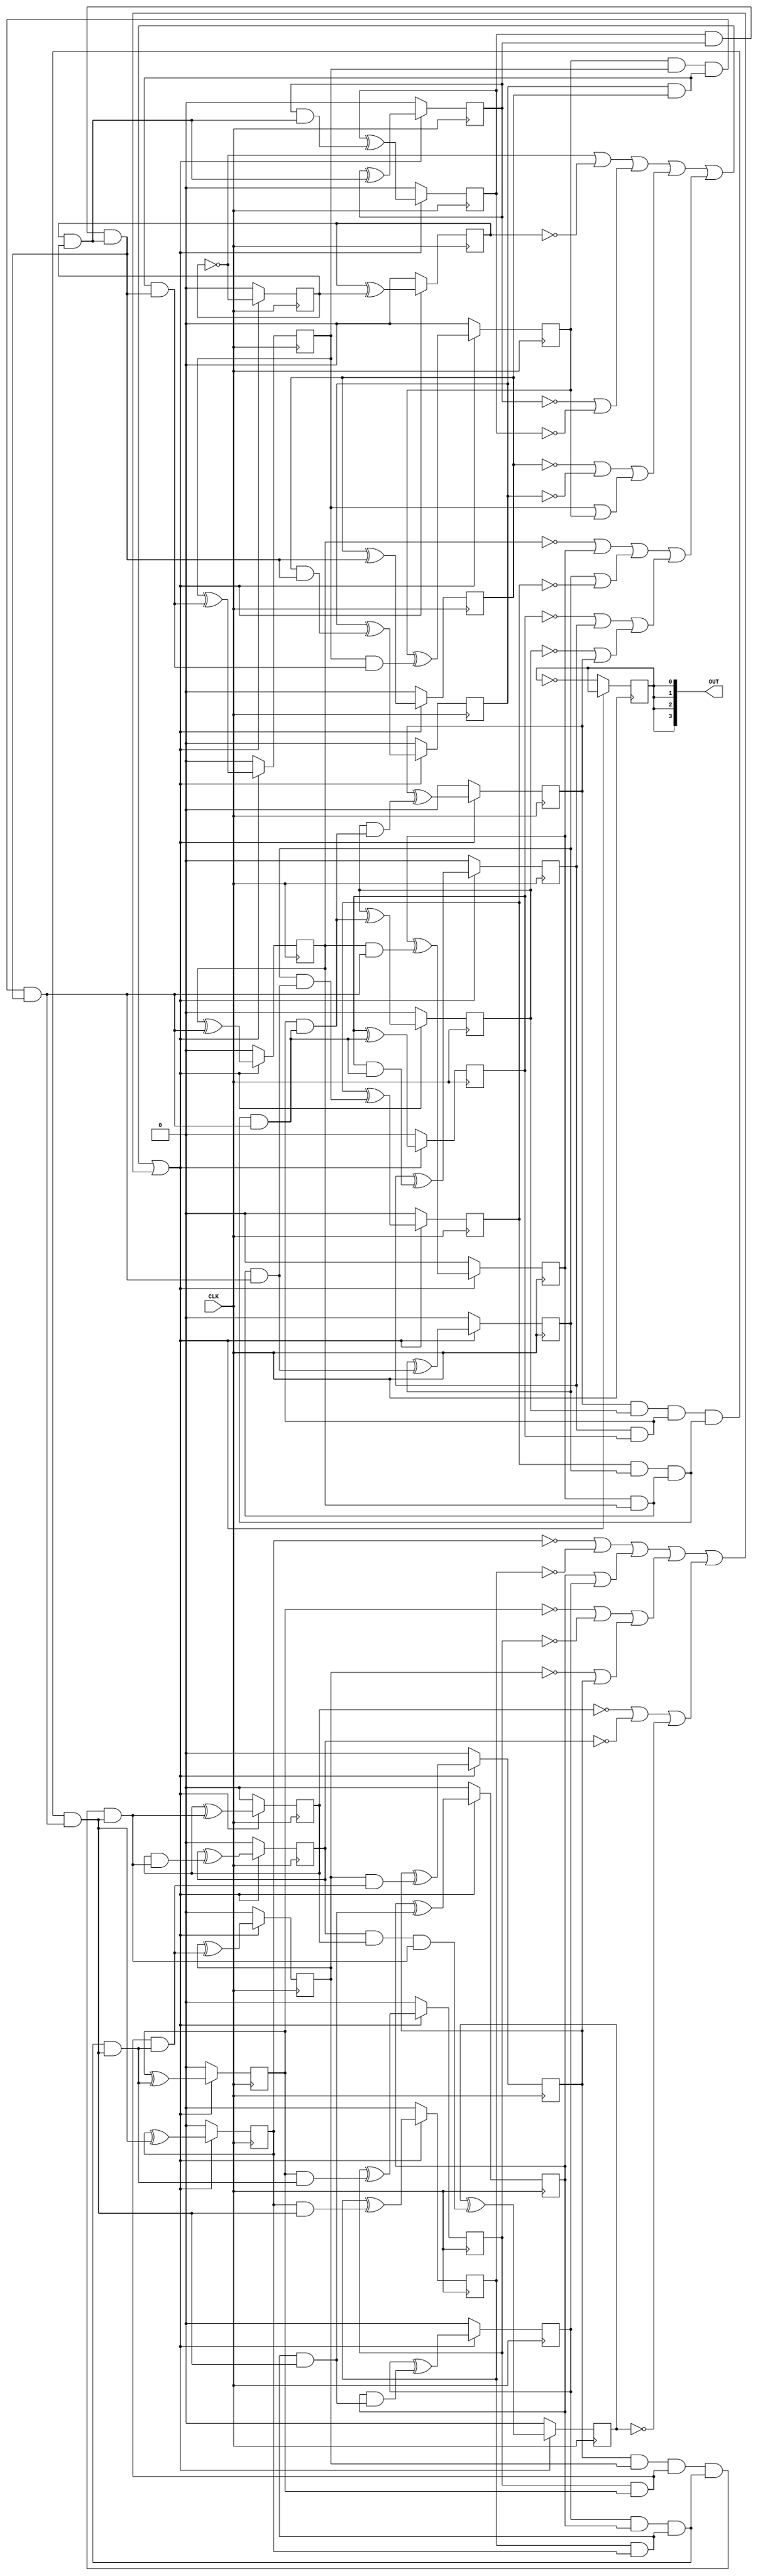
/* Generated by Yosys 0.40+50 (git sha1 0f9ee20ea, g++ 11.4.0-1ubuntu1~22.04 -fPIC -Os) */

module blink(CLK, OUT);
  wire _045_;
  wire _046_;
  wire _047_;
  wire _048_;
  wire _049_;
  wire _050_;
  wire _051_;
  wire _052_;
  wire _053_;
  wire _054_;
  wire _055_;
  wire _056_;
  wire _057_;
  wire _058_;
  wire _059_;
  wire _060_;
  wire _061_;
  wire _062_;
  wire [26:0] _063_;
  wire _064_;
  wire _065_;
  wire _066_;
  wire _067_;
  wire _068_;
  wire _069_;
  wire _070_;
  wire _071_;
  wire _072_;
  wire _073_;
  wire _074_;
  wire _075_;
  wire _076_;
  wire _077_;
  wire _078_;
  wire _079_;
  wire _080_;
  wire _081_;
  wire _082_;
  wire _083_;
  wire _084_;
  wire _085_;
  wire _086_;
  wire _087_;
  wire _088_;
  wire _089_;
  wire _090_;
  wire _091_;
  wire _092_;
  wire _093_;
  wire _094_;
  wire _095_;
  wire _096_;
  wire _097_;
  wire _098_;
  wire _099_;
  wire _100_;
  wire _101_;
  wire _102_;
  wire _103_;
  wire _104_;
  wire _105_;
  wire _106_;
  wire _107_;
  wire _108_;
  wire _109_;
  wire _110_;
  wire _111_;
  wire _112_;
  wire _113_;
  wire _114_;
  wire _115_;
  wire _116_;
  wire _117_;
  wire _118_;
  wire _119_;
  wire _120_;
  wire _121_;
  wire _122_;
  wire _123_;
  wire _124_;
  wire _125_;
  wire _126_;
  wire _127_;
  wire _128_;
  wire _129_;
  wire _130_;
  wire _131_;
  wire _132_;
  wire _133_;
  wire _134_;
  wire _135_;
  wire _136_;
  wire _137_;
  wire _138_;
  wire _139_;
  wire _140_;
  wire _141_;
  wire _142_;
  wire _143_;
  wire _144_;
  wire _145_;
  wire _146_;
  wire _147_;
  wire _148_;
  wire _149_;
  wire _150_;
  wire _151_;
  wire _152_;
  wire _153_;
  wire _154_;
  wire _155_;
  wire _156_;
  wire _157_;
  wire _158_;
  wire _159_;
  wire _160_;
  wire _161_;
  wire _162_;
  wire _163_;
  wire _164_;
  wire _165_;
  wire _166_;
  wire _167_;
  wire _168_;
  wire _169_;
  wire _170_;
  wire _171_;
  wire _172_;
  wire _173_;
  wire _174_;
  wire _175_;
  wire _176_;
  wire _177_;
  wire _178_;
  wire _179_;
  wire _180_;
  wire _181_;
  wire _182_;
  wire _183_;
  wire _184_;
  wire _185_;
  wire _186_;
  wire _187_;
  wire _188_;
  wire _189_;
  wire _190_;
  wire _191_;
  wire _192_;
  wire _193_;
  wire _194_;
  wire _195_;
  wire _196_;
  wire _197_;
  wire _198_;
  wire _199_;
  wire _200_;
  wire _201_;
  wire _202_;
  wire _203_;
  wire _204_;
  wire _205_;
  wire _206_;
  wire _207_;
  wire _208_;
  wire _209_;
  wire _210_;
  wire _211_;
  wire _212_;
  wire _213_;
  wire _214_;
  wire _215_;
  wire _216_;
  wire _217_;
  wire _218_;
  wire _219_;
  wire _220_;
  wire _221_;
  wire _222_;
  wire _223_;
  wire _224_;
  wire _225_;
  wire _226_;
  wire _227_;
  wire _228_;
  wire _229_;
  wire _230_;
  wire _231_;
  wire _232_;
  wire _233_;
  wire _234_;
  wire _235_;
  wire _236_;
  wire _237_;
  wire _238_;
  wire _239_;
  wire _240_;
  wire _241_;
  wire _242_;
  wire _243_;
  wire _244_;
  wire _245_;
  wire _246_;
  wire _247_;
  wire _248_;
  wire _249_;
  wire _250_;
  wire _251_;
  wire _252_;
  wire _253_;
  wire _254_;
  wire _255_;
  wire _256_;
  wire _257_;
  wire _258_;
  wire _259_;
  wire _260_;
  wire _261_;
  wire _262_;
  wire _263_;
  wire _264_;
  wire _265_;
  wire _266_;
  wire _267_;
  wire _268_;
  wire _269_;
  wire _270_;
  wire _271_;
  wire _272_;
  wire _273_;
  input CLK;
  wire CLK;
  output [3:0] OUT;
  wire [3:0] OUT;
  wire _000_;
  wire _001_;
  wire _002_;
  wire _003_;
  wire _004_;
  wire _005_;
  wire _006_;
  wire _007_;
  wire _008_;
  wire _009_;
  wire _010_;
  wire _011_;
  wire _012_;
  wire _013_;
  wire _014_;
  wire _015_;
  wire _016_;
  wire [12:0] _017_;
  wire [6:0] _018_;
  wire [2:0] _019_;
  wire [1:0] _020_;
  wire _021_;
  wire _022_;
  wire [26:0] _023_;
  wire [26:0] _024_;
  wire [26:0] _025_;
  wire _026_;
  wire _027_;
  wire _028_;
  wire _029_;
  wire _030_;
  wire _031_;
  wire _032_;
  wire _033_;
  wire _034_;
  wire _035_;
  wire _036_;
  wire _037_;
  wire _038_;
  wire _039_;
  wire _040_;
  wire _041_;
  wire _042_;
  wire _043_;
  wire _044_;
  reg [26:0] cnt = 27'h0000000;
  reg onoff = 1'h0;
  assign _075_ = cnt[1] & cnt[0];
  assign _076_ = _026_ & _023_[1];
  assign _077_ = _038_ & _023_[3];
  assign _078_ = _043_ & _023_[7];
  assign _079_ = cnt[3] & cnt[2];
  assign _080_ = cnt[5] & cnt[4];
  assign _081_ = cnt[7] & cnt[6];
  assign _082_ = cnt[9] & cnt[8];
  assign _083_ = cnt[11] & cnt[10];
  assign _084_ = cnt[13] & cnt[12];
  assign _085_ = cnt[15] & cnt[14];
  assign _086_ = cnt[17] & cnt[16];
  assign _087_ = cnt[19] & cnt[18];
  assign _088_ = cnt[21] & cnt[20];
  assign _089_ = cnt[23] & cnt[22];
  assign _090_ = cnt[25] & cnt[24];
  assign _091_ = _028_ & _027_;
  assign _092_ = _030_ & _029_;
  assign _093_ = _032_ & _031_;
  assign _094_ = _034_ & _033_;
  assign _095_ = _036_ & _035_;
  assign _096_ = _040_ & _039_;
  assign _097_ = _042_ & _041_;
  assign _098_ = _044_ & _023_[15];
  assign _099_ = _039_ & _023_[7];
  assign _100_ = _041_ & _023_[15];
  assign _101_ = _027_ & _023_[3];
  assign _102_ = _029_ & _023_[7];
  assign _103_ = _031_ & _023_[11];
  assign _104_ = _033_ & _023_[15];
  assign _105_ = _035_ & _023_[19];
  assign _106_ = _037_ & _023_[23];
  assign _107_ = cnt[2] & _023_[1];
  assign _108_ = cnt[4] & _023_[3];
  assign _109_ = cnt[6] & _023_[5];
  assign _110_ = cnt[8] & _023_[7];
  assign _111_ = cnt[10] & _023_[9];
  assign _112_ = cnt[12] & _023_[11];
  assign _113_ = cnt[14] & _023_[13];
  assign _114_ = cnt[16] & _023_[15];
  assign _115_ = cnt[18] & _023_[17];
  assign _116_ = cnt[20] & _023_[19];
  assign _117_ = cnt[22] & _023_[21];
  assign _118_ = cnt[24] & _023_[23];
  assign _119_ = ! _021_;
  assign _120_ = ! _021_;
  assign _121_ = ! _021_;
  assign _122_ = ! _021_;
  assign _123_ = ! _021_;
  assign _124_ = ! _021_;
  assign _125_ = ! _021_;
  assign _126_ = ! _021_;
  assign _127_ = ! _021_;
  assign _128_ = ! _021_;
  assign _129_ = ! _021_;
  assign _130_ = ! _021_;
  assign _131_ = ! _021_;
  assign _132_ = ! _021_;
  assign _133_ = ! _021_;
  assign _134_ = ! _021_;
  assign _135_ = ! _021_;
  assign _136_ = ! _021_;
  assign _137_ = ! _021_;
  assign _138_ = ! _021_;
  assign _139_ = ! _021_;
  assign _140_ = ! _021_;
  assign _141_ = ! _021_;
  assign _142_ = ! _021_;
  assign _143_ = ! _021_;
  assign _144_ = ! _021_;
  assign _145_ = ! _021_;
  assign _146_ = ! _021_;
  assign _147_ = ~ cnt[20];
  assign _148_ = ~ cnt[21];
  assign _149_ = ~ cnt[22];
  assign _150_ = ~ cnt[24];
  assign _151_ = ~ cnt[25];
  assign _152_ = ~ cnt[26];
  assign _153_ = ~ cnt[0];
  assign _154_ = ~ onoff;
  assign _155_ = ~ cnt[1];
  assign _156_ = ~ cnt[2];
  assign _157_ = ~ cnt[3];
  assign _158_ = ~ cnt[4];
  assign _159_ = ~ cnt[5];
  assign _160_ = ~ cnt[8];
  assign _161_ = ~ cnt[11];
  assign _162_ = ~ cnt[12];
  assign _163_ = ~ cnt[14];
  assign _164_ = ~ cnt[16];
  assign _165_ = ~ cnt[17];
  assign _166_ = _024_[0] | _000_;
  assign _167_ = _001_ | _002_;
  assign _168_ = _003_ | _004_;
  assign _169_ = cnt[6] | cnt[7];
  assign _170_ = _005_ | cnt[9];
  assign _171_ = cnt[10] | _006_;
  assign _172_ = _007_ | cnt[13];
  assign _173_ = _008_ | cnt[15];
  assign _174_ = _009_ | _010_;
  assign _175_ = cnt[18] | cnt[19];
  assign _176_ = _011_ | _012_;
  assign _177_ = _013_ | cnt[23];
  assign _178_ = _014_ | _015_;
  assign _179_ = _017_[0] | _017_[1];
  assign _180_ = _017_[2] | _017_[3];
  assign _181_ = _017_[4] | _017_[5];
  assign _182_ = _017_[6] | _017_[7];
  assign _183_ = _017_[8] | _017_[9];
  assign _184_ = _017_[10] | _017_[11];
  assign _185_ = _017_[12] | _016_;
  assign _186_ = _018_[0] | _018_[1];
  assign _187_ = _018_[2] | _018_[3];
  assign _188_ = _018_[4] | _018_[5];
  assign _189_ = _019_[0] | _019_[1];
  assign _190_ = _019_[2] | _018_[6];
  assign _191_ = _020_[0] | _020_[1];
  always @(posedge CLK)
    cnt[5] <= _192_;
  always @(posedge CLK)
    cnt[4] <= _194_;
  always @(posedge CLK)
    cnt[3] <= _196_;
  always @(posedge CLK)
    cnt[2] <= _198_;
  always @(posedge CLK)
    cnt[1] <= _200_;
  always @(posedge CLK)
    cnt[0] <= _202_;
  always @(posedge CLK)
    onoff <= _204_;
  always @(posedge CLK)
    cnt[26] <= _206_;
  always @(posedge CLK)
    cnt[25] <= _208_;
  always @(posedge CLK)
    cnt[24] <= _210_;
  always @(posedge CLK)
    cnt[23] <= _212_;
  always @(posedge CLK)
    cnt[22] <= _214_;
  always @(posedge CLK)
    cnt[21] <= _216_;
  always @(posedge CLK)
    cnt[20] <= _218_;
  always @(posedge CLK)
    cnt[19] <= _220_;
  always @(posedge CLK)
    cnt[18] <= _222_;
  always @(posedge CLK)
    cnt[17] <= _224_;
  always @(posedge CLK)
    cnt[16] <= _226_;
  always @(posedge CLK)
    cnt[15] <= _228_;
  always @(posedge CLK)
    cnt[14] <= _230_;
  always @(posedge CLK)
    cnt[13] <= _232_;
  always @(posedge CLK)
    cnt[12] <= _234_;
  always @(posedge CLK)
    cnt[11] <= _236_;
  always @(posedge CLK)
    cnt[10] <= _238_;
  always @(posedge CLK)
    cnt[9] <= _240_;
  always @(posedge CLK)
    cnt[8] <= _242_;
  always @(posedge CLK)
    cnt[7] <= _244_;
  always @(posedge CLK)
    cnt[6] <= _246_;
  assign _192_ = _191_ ? _252_ : 1'h0;
  assign _194_ = _191_ ? _251_ : 1'h0;
  assign _196_ = _191_ ? _250_ : 1'h0;
  assign _198_ = _191_ ? _249_ : 1'h0;
  assign _200_ = _191_ ? _248_ : 1'h0;
  assign _202_ = _191_ ? _153_ : 1'h0;
  assign _204_ = _191_ ? onoff : _154_;
  assign _206_ = _191_ ? _273_ : 1'h0;
  assign _208_ = _191_ ? _272_ : 1'h0;
  assign _210_ = _191_ ? _271_ : 1'h0;
  assign _212_ = _191_ ? _270_ : 1'h0;
  assign _214_ = _191_ ? _269_ : 1'h0;
  assign _216_ = _191_ ? _268_ : 1'h0;
  assign _218_ = _191_ ? _267_ : 1'h0;
  assign _220_ = _191_ ? _266_ : 1'h0;
  assign _222_ = _191_ ? _265_ : 1'h0;
  assign _224_ = _191_ ? _264_ : 1'h0;
  assign _226_ = _191_ ? _263_ : 1'h0;
  assign _228_ = _191_ ? _262_ : 1'h0;
  assign _230_ = _191_ ? _261_ : 1'h0;
  assign _232_ = _191_ ? _260_ : 1'h0;
  assign _234_ = _191_ ? _259_ : 1'h0;
  assign _236_ = _191_ ? _258_ : 1'h0;
  assign _238_ = _191_ ? _257_ : 1'h0;
  assign _240_ = _191_ ? _256_ : 1'h0;
  assign _242_ = _191_ ? _255_ : 1'h0;
  assign _244_ = _191_ ? _254_ : 1'h0;
  assign _246_ = _191_ ? _253_ : 1'h0;
  assign _248_ = cnt[1] ^ cnt[0];
  assign _249_ = cnt[2] ^ _023_[1];
  assign _250_ = cnt[3] ^ _023_[2];
  assign _251_ = cnt[4] ^ _023_[3];
  assign _252_ = cnt[5] ^ _023_[4];
  assign _253_ = cnt[6] ^ _023_[5];
  assign _254_ = cnt[7] ^ _023_[6];
  assign _255_ = cnt[8] ^ _023_[7];
  assign _256_ = cnt[9] ^ _023_[8];
  assign _257_ = cnt[10] ^ _023_[9];
  assign _258_ = cnt[11] ^ _023_[10];
  assign _259_ = cnt[12] ^ _023_[11];
  assign _260_ = cnt[13] ^ _023_[12];
  assign _261_ = cnt[14] ^ _023_[13];
  assign _262_ = cnt[15] ^ _023_[14];
  assign _263_ = cnt[16] ^ _023_[15];
  assign _264_ = cnt[17] ^ _023_[16];
  assign _265_ = cnt[18] ^ _023_[17];
  assign _266_ = cnt[19] ^ _023_[18];
  assign _267_ = cnt[20] ^ _023_[19];
  assign _268_ = cnt[21] ^ _023_[20];
  assign _269_ = cnt[22] ^ _023_[21];
  assign _270_ = cnt[23] ^ _023_[22];
  assign _271_ = cnt[24] ^ _023_[23];
  assign _272_ = cnt[25] ^ _023_[24];
  assign _273_ = cnt[26] ^ _023_[25];
  assign _011_ = _147_;
  assign _012_ = _148_;
  assign _013_ = _149_;
  assign _014_ = _150_;
  assign _015_ = _151_;
  assign _016_ = _152_;
  assign _024_[0] = _153_;
  assign _017_[0] = _166_;
  assign _017_[1] = _167_;
  assign _017_[2] = _168_;
  assign _017_[3] = _169_;
  assign _017_[4] = _170_;
  assign _017_[5] = _171_;
  assign _017_[6] = _172_;
  assign _017_[7] = _173_;
  assign _017_[8] = _174_;
  assign _017_[9] = _175_;
  assign _017_[10] = _176_;
  assign _017_[11] = _177_;
  assign _017_[12] = _178_;
  assign _018_[0] = _179_;
  assign _018_[1] = _180_;
  assign _018_[2] = _181_;
  assign _018_[3] = _182_;
  assign _018_[4] = _183_;
  assign _018_[5] = _184_;
  assign _018_[6] = _185_;
  assign _019_[0] = _186_;
  assign _019_[1] = _187_;
  assign _019_[2] = _188_;
  assign _020_[0] = _189_;
  assign _020_[1] = _190_;
  assign _021_ = _191_;
  assign _022_ = _154_;
  assign _000_ = _155_;
  assign _001_ = _156_;
  assign _002_ = _157_;
  assign _003_ = _158_;
  assign _004_ = _159_;
  assign _005_ = _160_;
  assign _006_ = _161_;
  assign _007_ = _162_;
  assign _008_ = _163_;
  assign _009_ = _164_;
  assign _010_ = _165_;
  assign _025_[1] = _248_;
  assign _025_[2] = _249_;
  assign _025_[3] = _250_;
  assign _025_[4] = _251_;
  assign _025_[5] = _252_;
  assign _025_[6] = _253_;
  assign _025_[7] = _254_;
  assign _025_[8] = _255_;
  assign _025_[9] = _256_;
  assign _025_[10] = _257_;
  assign _025_[11] = _258_;
  assign _025_[12] = _259_;
  assign _025_[13] = _260_;
  assign _025_[14] = _261_;
  assign _025_[15] = _262_;
  assign _025_[16] = _263_;
  assign _025_[17] = _264_;
  assign _025_[18] = _265_;
  assign _025_[19] = _266_;
  assign _025_[20] = _267_;
  assign _025_[21] = _268_;
  assign _025_[22] = _269_;
  assign _025_[23] = _270_;
  assign _025_[24] = _271_;
  assign _025_[25] = _272_;
  assign _025_[26] = _273_;
  assign _023_[1] = _075_;
  assign _023_[3] = _076_;
  assign _023_[7] = _077_;
  assign _023_[15] = _078_;
  assign _026_ = _079_;
  assign _027_ = _080_;
  assign _028_ = _081_;
  assign _029_ = _082_;
  assign _030_ = _083_;
  assign _031_ = _084_;
  assign _032_ = _085_;
  assign _033_ = _086_;
  assign _034_ = _087_;
  assign _035_ = _088_;
  assign _036_ = _089_;
  assign _037_ = _090_;
  assign _038_ = _091_;
  assign _039_ = _092_;
  assign _040_ = _093_;
  assign _041_ = _094_;
  assign _042_ = _095_;
  assign _043_ = _096_;
  assign _044_ = _097_;
  assign _023_[23] = _098_;
  assign _023_[11] = _099_;
  assign _023_[19] = _100_;
  assign _023_[5] = _101_;
  assign _023_[9] = _102_;
  assign _023_[13] = _103_;
  assign _023_[17] = _104_;
  assign _023_[21] = _105_;
  assign _023_[25] = _106_;
  assign _023_[2] = _107_;
  assign _023_[4] = _108_;
  assign _023_[6] = _109_;
  assign _023_[8] = _110_;
  assign _023_[10] = _111_;
  assign _023_[12] = _112_;
  assign _023_[14] = _113_;
  assign _023_[16] = _114_;
  assign _023_[18] = _115_;
  assign _023_[20] = _116_;
  assign _023_[22] = _117_;
  assign _023_[24] = _118_;
  assign _023_[0] = cnt[0];
  assign _024_[26:1] = cnt[26:1];
  assign _025_[0] = _024_[0];
  assign OUT = { onoff, onoff, onoff, onoff };
  assign _074_ = 1'h0;
  assign _063_ = 27'h0000000;
  assign _193_ = _131_;
  assign _068_ = _192_;
  assign _195_ = _130_;
  assign _067_ = _194_;
  assign _197_ = _129_;
  assign _066_ = _196_;
  assign _199_ = _128_;
  assign _065_ = _198_;
  assign _201_ = _127_;
  assign _056_ = _200_;
  assign _203_ = _126_;
  assign _045_ = _202_;
  assign _205_ = _125_;
  assign _073_ = _204_;
  assign _207_ = _124_;
  assign _064_ = _206_;
  assign _209_ = _123_;
  assign _062_ = _208_;
  assign _211_ = _122_;
  assign _061_ = _210_;
  assign _213_ = _121_;
  assign _060_ = _212_;
  assign _215_ = _120_;
  assign _059_ = _214_;
  assign _217_ = _119_;
  assign _058_ = _216_;
  assign _219_ = _146_;
  assign _057_ = _218_;
  assign _221_ = _145_;
  assign _055_ = _220_;
  assign _223_ = _144_;
  assign _054_ = _222_;
  assign _225_ = _143_;
  assign _053_ = _224_;
  assign _227_ = _142_;
  assign _052_ = _226_;
  assign _229_ = _141_;
  assign _051_ = _228_;
  assign _231_ = _140_;
  assign _050_ = _230_;
  assign _233_ = _139_;
  assign _049_ = _232_;
  assign _235_ = _138_;
  assign _048_ = _234_;
  assign _237_ = _137_;
  assign _047_ = _236_;
  assign _239_ = _136_;
  assign _046_ = _238_;
  assign _241_ = _135_;
  assign _072_ = _240_;
  assign _243_ = _134_;
  assign _071_ = _242_;
  assign _245_ = _133_;
  assign _070_ = _244_;
  assign _247_ = _132_;
  assign _069_ = _246_;
endmodule